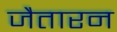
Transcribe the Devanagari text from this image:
जैतारन